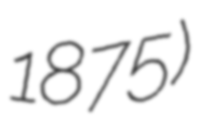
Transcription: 1875)